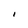
Character: I